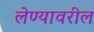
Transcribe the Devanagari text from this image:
लेण्यावरील